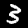
Label: 3